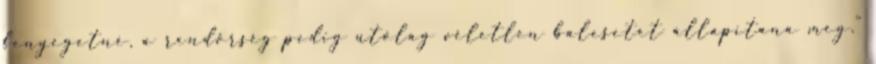
fenyegetné, a rendőrség pedig utólag véletlen balesetet állapítana meg.”